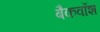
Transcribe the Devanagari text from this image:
बैकवॉश